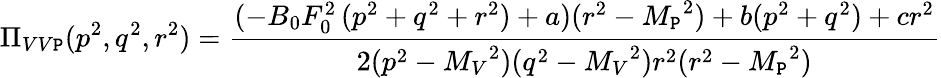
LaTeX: \Pi_{VV\mathtt{P}}(p^{2},q^{2},r^{2})={\frac{{(-B_{0}F_{0}^{2}\, (p^{2}+q^{2}+r^{2})+a)(r^{2}-{M_{\mathtt{P}}}^{2})+b(p^{2}+q^{2})+cr^{2}}}{{2(p^{2}-{M_{V}}^{2})(q^{2}-{M_{V}}^{2})r^{2}(r^{2}-{M_{\mathtt{P}}}^{2})}}}